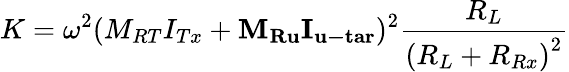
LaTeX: K={\omega^{2}}{({M_{RT}}{I_{Tx}}+{{\mathbf{M}}_{{\mathbf{Ru}}}}{{\mathbf{I}}_{{\mathbf{u-tar}}}})^{2}}\frac{{{R_{L}}}}{{{{({R_{L}}+{R_{Rx}})}^{2}}}}